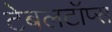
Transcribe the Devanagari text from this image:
टेबलटॉप्स